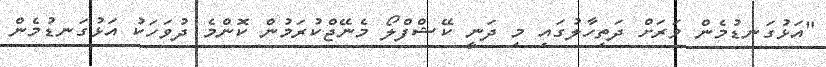
"އަޅުގަނޑުމެން ވަރަށް ދަތިހާލުގައި މި ދަނީ ކޭޝްފްލޯ މެނޭޖްކުރަމުން ކޮންމެ ދުވަހަކު އަޅުގަނޑުމެން